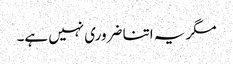
مگر یہ اتنا ضروری نہیں ہے۔